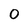
Character: 0